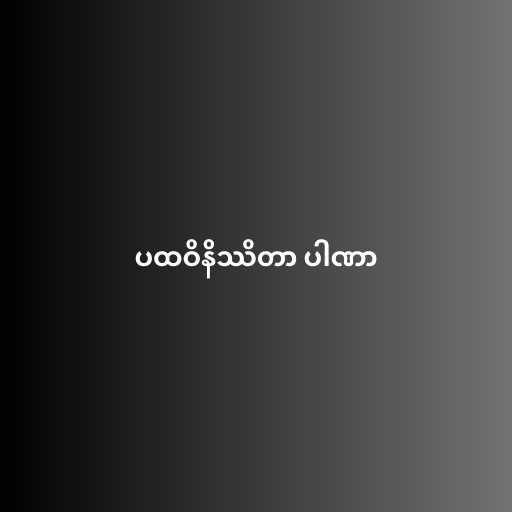
ပထဝိနိဿိတာ ပါဏာ